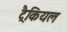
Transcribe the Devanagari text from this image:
ट्रैकियल